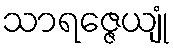
သာရဇ္ဇေယျုံ